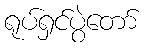
ရုပ်ရှင်ပွဲတော်